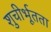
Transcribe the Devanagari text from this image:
शुचीर्भूतता